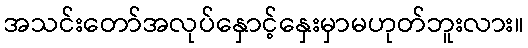
အသင်းတော်အလုပ်နှောင့်နှေးမှာမဟုတ်ဘူးလား။